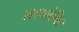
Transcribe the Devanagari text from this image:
स्लावोमिर